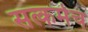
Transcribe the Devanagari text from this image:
सत्कर्मच